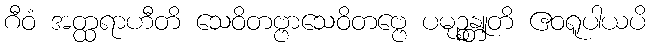
ဂီဝံ အတ္ထရာဟီတိ သေဝိတဗ္ဗာသေဝိတဗ္ဗေ ပမုဉ္စန္တူတိ ဧဝရူပါယပိ